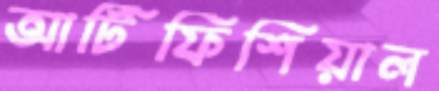
আর্টিফিশিয়াল